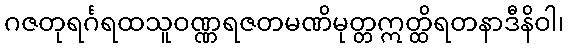
ဂဇတုရင်္ဂရထသူဝဏ္ဏရဇတမဏိမုတ္တဣတ္ထိရတနာဒီနိဝါ၊